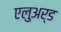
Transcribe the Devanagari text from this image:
एलुअर्ड